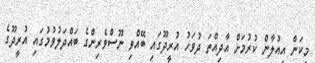
މިކަން އިއުލާން ކުރުމަށް އާދިއްތަ ދުވަހު އުރީދޫގައި ބޭއްވި ނޫސްވެރިންގެ ބައްދަލުވުމުގައި އުރީދޫގެ